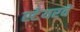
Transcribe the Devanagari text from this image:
स्टेयरवे